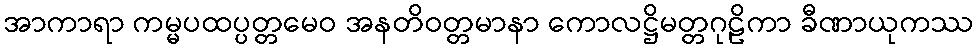
အာကာရာ ကမ္မပထပ္ပတ္တမေဝ အနတိဝတ္တမာနာ ကောလဋ္ဌိမတ္တဂုဠိကာ ခီဏာယုကဿ